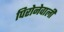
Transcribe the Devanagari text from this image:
पिरोनेवाली